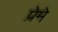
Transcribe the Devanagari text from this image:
प्रेमे